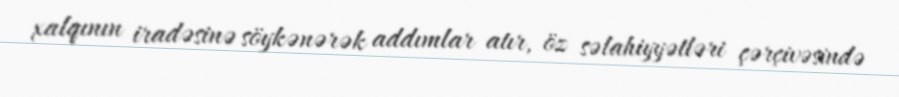
xalqının iradəsinə söykənərək addımlar atır, öz səlahiyyətləri çərçivəsində